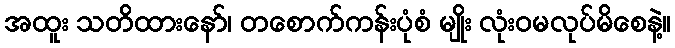
အထူး သတိထားနော်၊ တစောက်ကန်းပုံစံ မျိုး လုံးဝမလုပ်မိစေနဲ့။